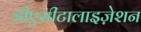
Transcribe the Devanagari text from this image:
डीएसीटालाइज़ेशन